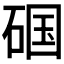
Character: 𱴏